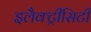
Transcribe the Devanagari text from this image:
इलैक्‍ट्रीसिटी